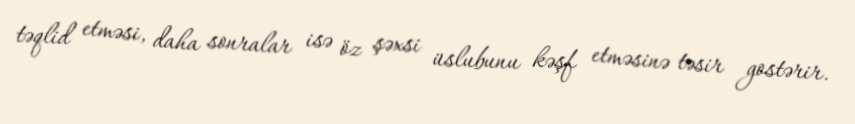
təqlid etməsi, daha sonralar isə öz şəxsi üslubunu kəşf etməsinə təsir gostərir.